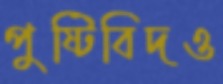
পুষ্টিবিদও